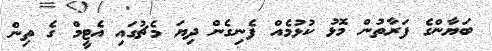
ބަޔާންގެ ފަރާތުން މޮޅު ކުޅުމެއް ފެނިގެން ދިޔަ މެޗުގައި އެޓީމް ގެ ތިން